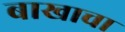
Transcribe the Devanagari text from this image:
बाखाचा